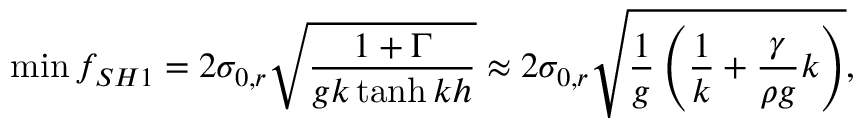
\operatorname* { m i n } { f _ { S H 1 } } = 2 \sigma _ { 0 , r } \sqrt { \frac { 1 + \Gamma } { g k \operatorname { t a n h } { k h } } } \approx 2 \sigma _ { 0 , r } \sqrt { \frac { 1 } { g } \left( \frac { 1 } { k } + \frac { \gamma } { \rho g } k \right) } ,